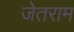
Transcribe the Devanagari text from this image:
जेतराम